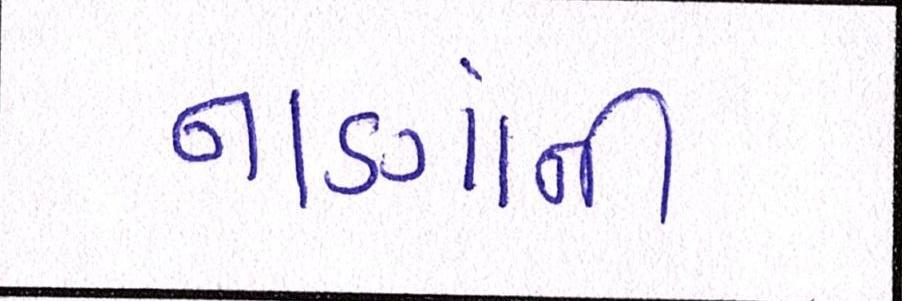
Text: નાણાંની